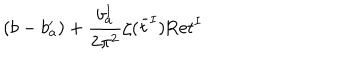
( b - b _ { a } ^ { \prime } ) + { \frac { b _ { a } ^ { I } } { 2 \pi ^ { 2 } } } \zeta ( \bar { t } ^ { I } ) \mathrm { R e } t ^ { I }